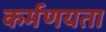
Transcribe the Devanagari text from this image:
कर्मणयता